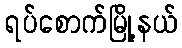
ရပ်စောက်မြို့နယ်